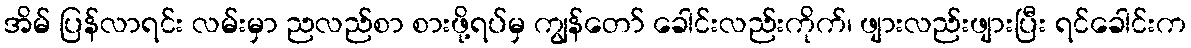
အိမ် ပြန်လာရင်း လမ်းမှာ ညလည်စာ စားဖို့ရပ်မှ ကျွန်တော် ခေါင်းလည်းကိုက်၊ ဖျားလည်းဖျားပြီး ရင်ခေါင်းက